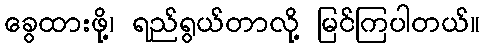
ခွေထားဖို့၊ ရည်ရွယ်တာလို့ မြင်ကြပါတယ်။